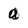
Character: a